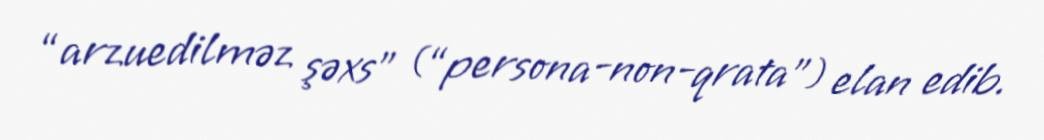
“arzuedilməz şəxs” (“persona-non-qrata”) elan edib.